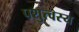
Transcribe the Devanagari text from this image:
पशुत्वस्य